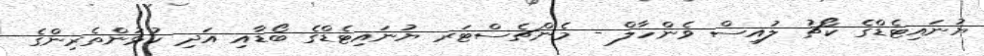
ޔުނައިޓެޑްގެ ކޯޗު ލުއިސް ވެންހާލް - މެންޗެސްޓަރ ޔުނައިޓެޑްގެ ބޯޑާއި އަދި ކުޅުންތެރިންގެ